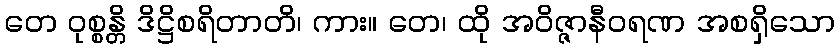
တေ ဝုစ္စန္တိ ဒိဋ္ဌိစရိတာတိ၊ ကား။ တေ၊ ထို အဝိဇ္ဇာနီဝရဏ အစရှိသော